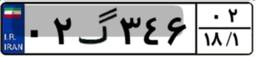
۰۲گ۳۴۶۰۲